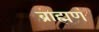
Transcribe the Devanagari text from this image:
ब्राह्मणं